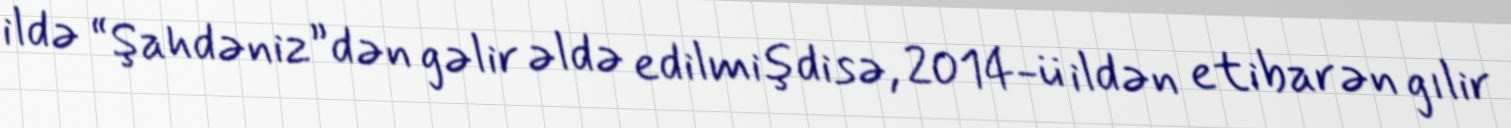
ildə “Şahdəniz”dən gəlir əldə edilmişdisə, 2014-ü ildən etibarən gılir